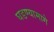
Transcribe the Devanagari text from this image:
घडण्यामागे